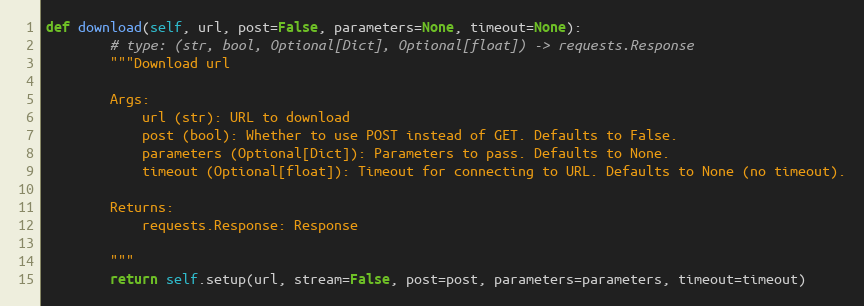
Language: Python
def download(self, url, post=False, parameters=None, timeout=None):
        # type: (str, bool, Optional[Dict], Optional[float]) -> requests.Response
        """Download url

        Args:
            url (str): URL to download
            post (bool): Whether to use POST instead of GET. Defaults to False.
            parameters (Optional[Dict]): Parameters to pass. Defaults to None.
            timeout (Optional[float]): Timeout for connecting to URL. Defaults to None (no timeout).

        Returns:
            requests.Response: Response

        """
        return self.setup(url, stream=False, post=post, parameters=parameters, timeout=timeout)